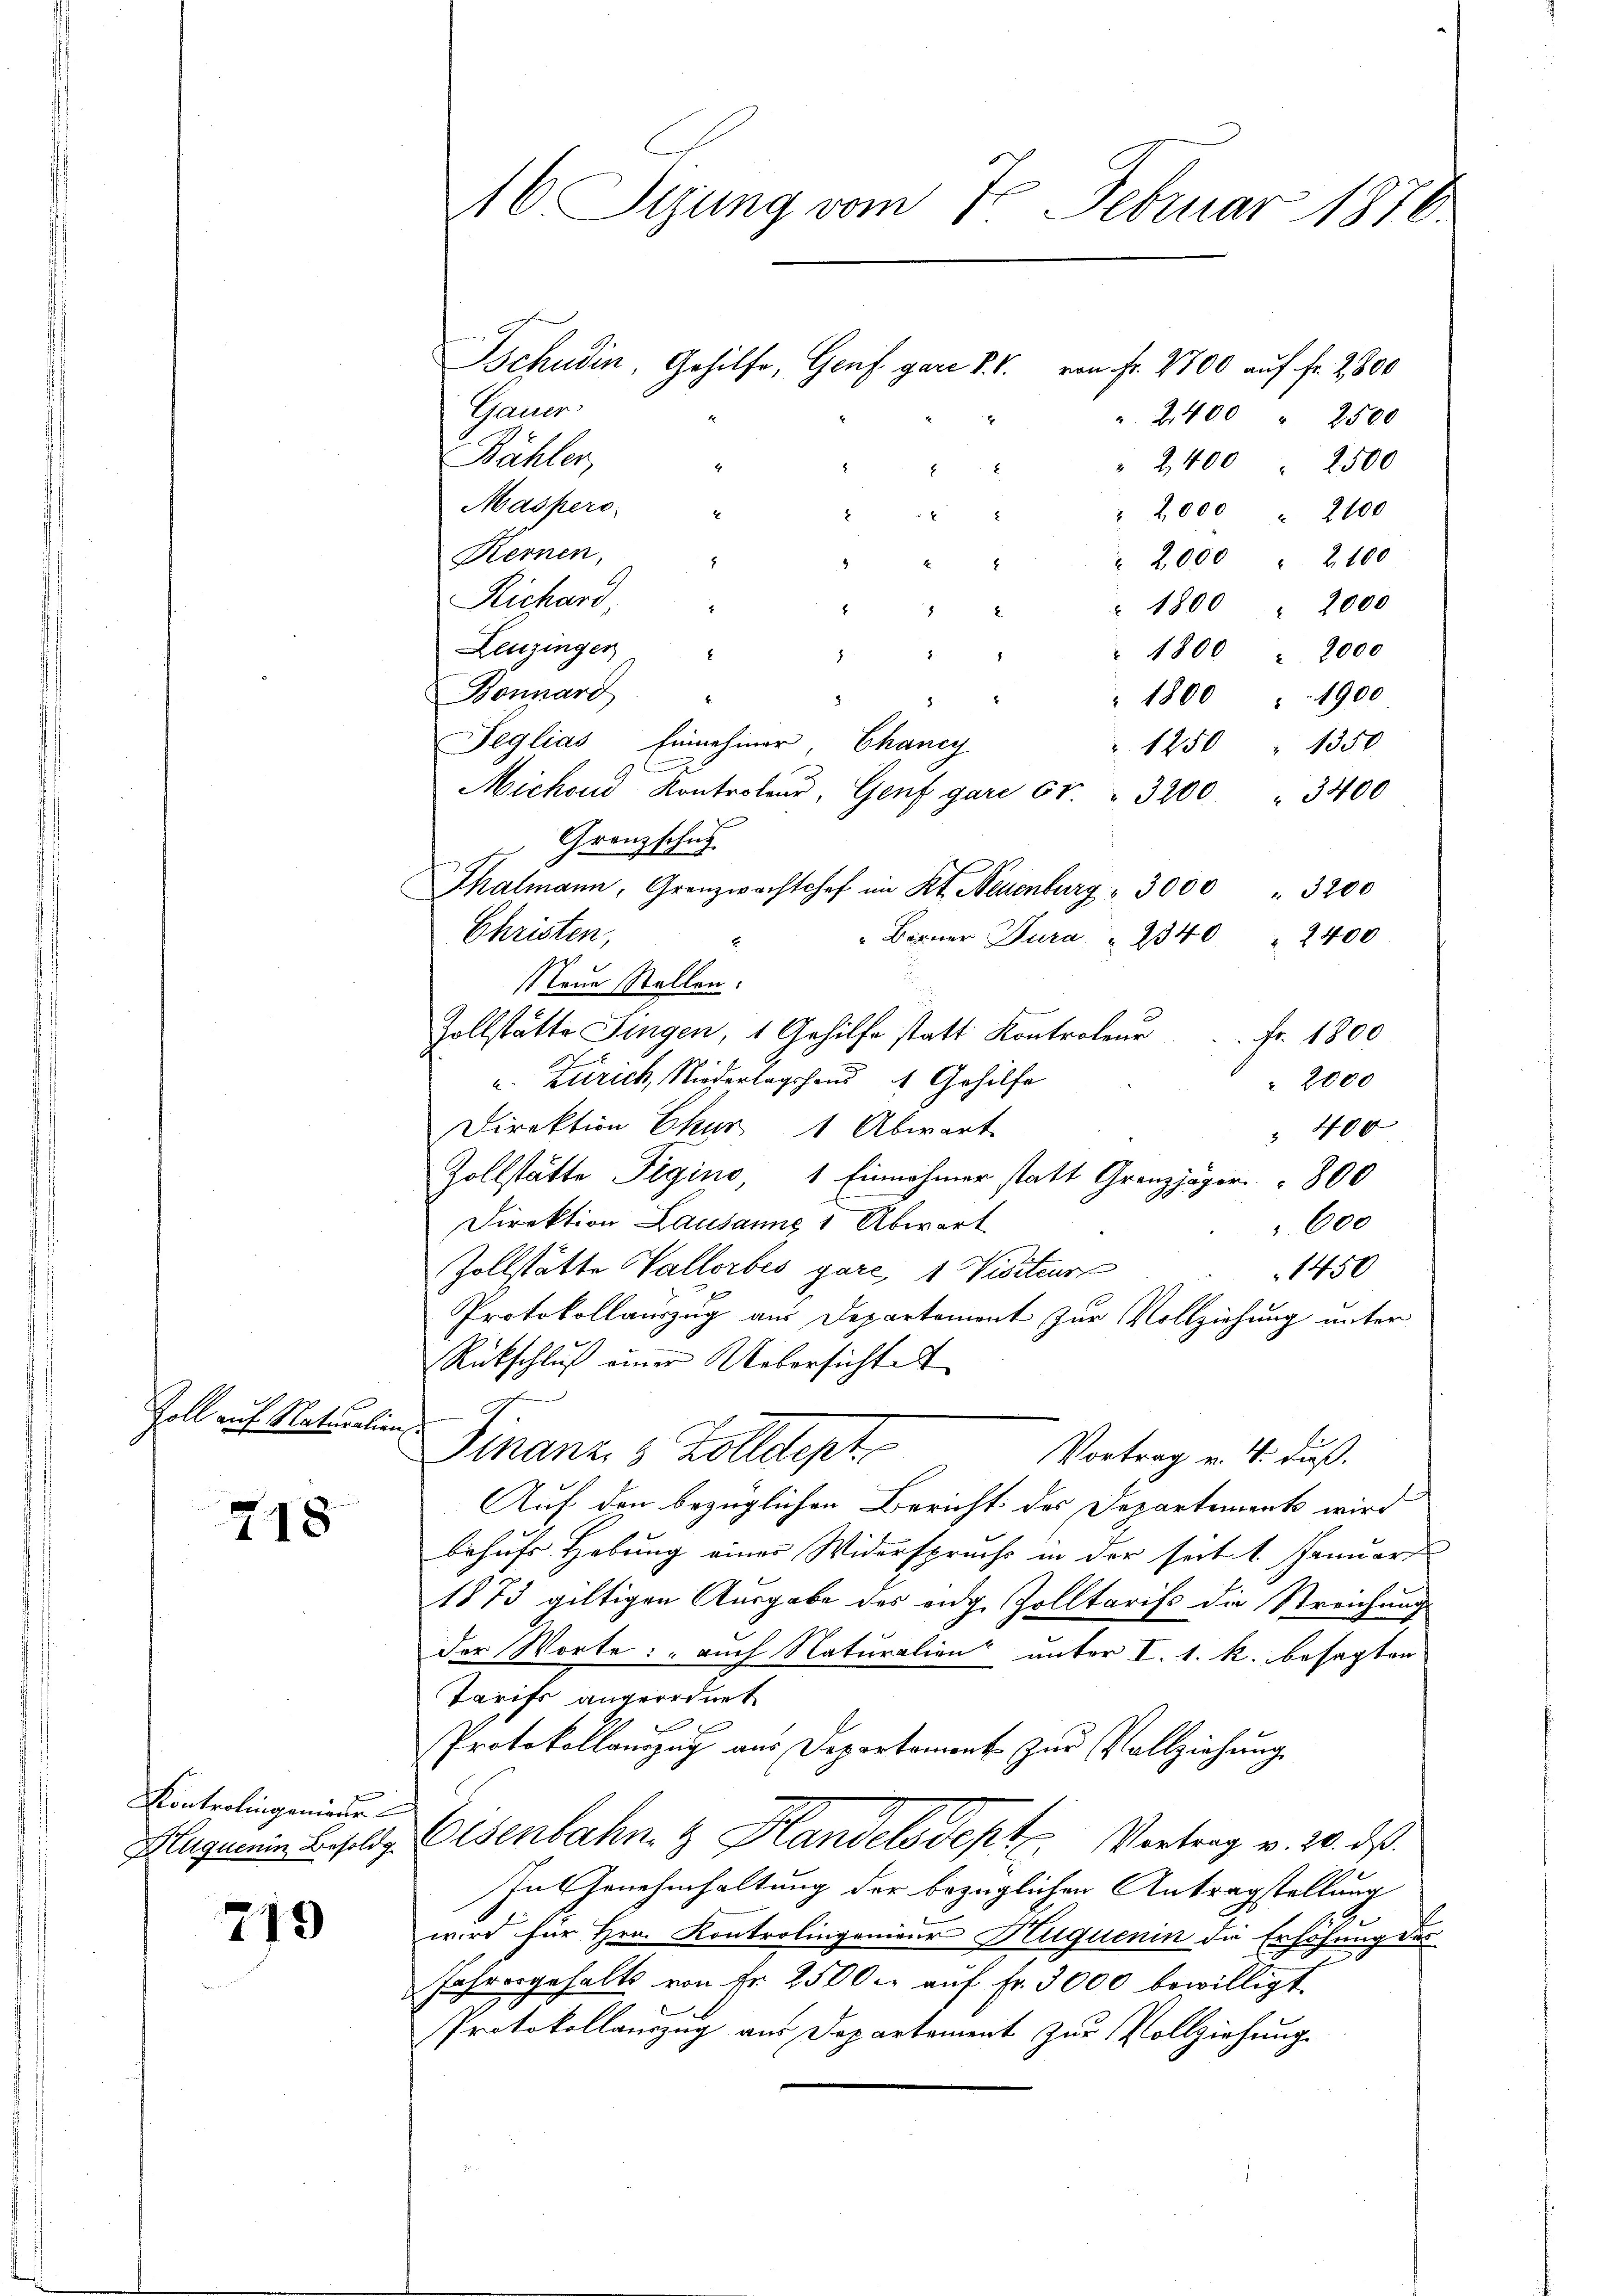
Zoll auf Naturalien.

718

Kontrolingenieder
Huguenin Besoldg

219

Gauer.
" 2,400 " 2500
Bähler,
2,400 " 2500
Maspers
 2,000 " 2100
Kernen,
" 2000 " 2100
Richard
" 1800 " 2000
Leuzingen
" 1800 " 2000
8
Bonnard
" 1800 " 1900
8
Seglias Einnehmer Chancy
1250 " 1350
Michoud Kontroler, Genf gare 61. " 3200 " 3400
Granzschuh
Thalmann, Granzwachtshof im Kt. Neuenburg " 3000 " 3200
Christen,
 Baier Jura " 240 2400
Neue Stellen.
Zollstätte Singen, 1 Gehilfe statt Kontroleur. Fr. 1800
u. Zürich, Niederlagshand 4 Gehilfe
 2000
Direktion Chur 1 Abwart
 40 x
Zollstätte Pigino, 1 Einnahmer statt Granzjäger 300
Direktion Lausanns 1 Abwart
600
Zollstätte Vallorbes gare, 1 Visiteur
1450
Protokollauszug aus Departemont zur Vollziehung unter
Rückschluß einer Uebersichten
Finanz. 8 Zolldept
Vortrag v. 4. dieß.
Auf den bezüglichen Bericht des Departement wird
behufs Hebung einer Widerspruchs in der seit 1. Januar
1873 giltigen Ausgabe des enge Zolltarifs die Streichung
der Worte: „auch Naturalien unter I. 1. k. besagten
Tarifs angeordnet
Protokollauszug aus Departemont zur Vollziehung
Eisenbahn & Handelsdept. Vortrag v. 20. ds.
In Genehmhaltung der bezüglichen Antragstellung
wird für Hrn. Kontrolingenieur Nuquenin die Erhöhung des
Jahresgehalts von Fr. 2500. auf fr. 3000 bewilligt
Protokollauszug aus Departement zur Vollziehung

16 Sizung vom 7. Februar 1870

Schudin, Gehilfe, Genf gar IV. von fr. 4700 auf fr. 2800